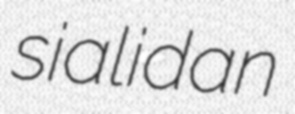
sialidan